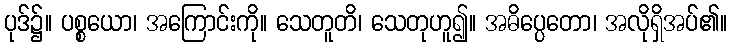
ပုဒ်၌။ ပစ္စယော၊ အကြောင်းကို။ သေတူတိ၊ သေတုဟူ၍။ အဓိပ္ပေတော၊ အလိုရှိအပ်၏။